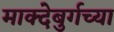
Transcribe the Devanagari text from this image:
माक्देबुर्गच्या